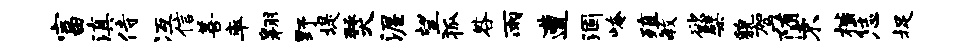
富滇侍冱信善率翱野堤燹渥望狐咎雨遭涸崦殖毓欲檗貌驾堕不楷恁捉